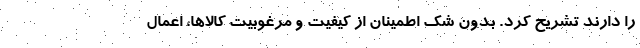
را دارند تشریح کرد. بدون شک اطمینان از کیفیت و مرغوبیت کالاها، اعمال